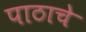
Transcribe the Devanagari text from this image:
पाठाचे